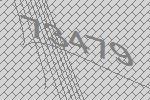
73479